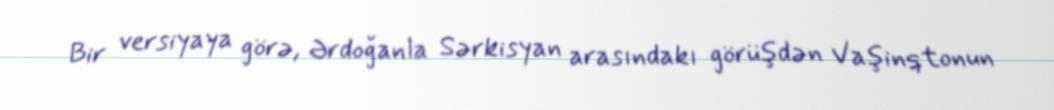
Bir versiyaya görə, Ərdoğanla Sərkisyan arasındakı görüşdən Vaşinqtonun